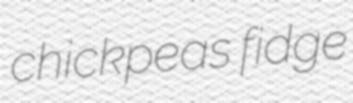
chickpeas fidge